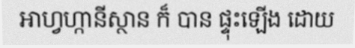
អាហ្វហ្កានីស្ថាន ក៏ បាន ផ្ទុះឡើង ដោយ